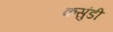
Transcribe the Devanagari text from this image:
कसुंडी